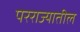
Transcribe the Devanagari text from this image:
परराज्यातील